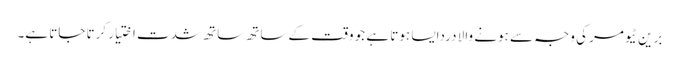
برین ٹیومر کی وجہ سے ہونے والا دردایسا ہوتا ہے جو وقت کے ساتھ ساتھ شدت اختیار کرتا جاتا ہے۔